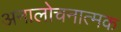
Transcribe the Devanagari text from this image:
अनालोचनात्मक